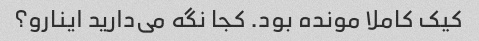
کیک کاملا مونده بود. کجا نگه می‌دارید اینارو؟